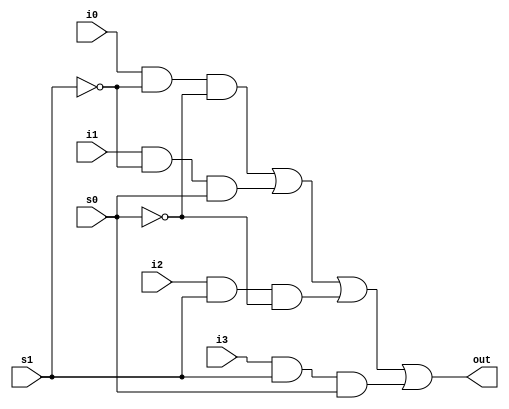

//
// Inha Engineering Dept. of Comm & Info.
// Verilog exercise : 4X1 MUX
//   

module mux4_to_1 (out, i0, i1, i2, i3, s1, s0 );

//  
output out;
input i0, i1, i2, i3;
input s1, s0;

//  
wire s1n, s0n;
wire y0, y1, y2, y3;

//NOT  , s1n, S0n  
not (s1n, s1);
not (s0n, s0);

//3-input AND  
and (y0, i0, s1n, s0n);
and (y1, i1, s1n, s0);
and (y2, i2, s1, s0n);
and (y3, i3, s1, s0);

// 4-inpput OR  
or (out, y0, y1, y2, y3);
   
endmodule